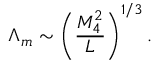
\Lambda _ { m } \sim \left( \frac { M _ { 4 } ^ { 2 } } { L } \right) ^ { 1 / 3 } .